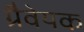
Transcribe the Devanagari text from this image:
ग्रैवेयक